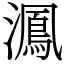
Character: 㵯